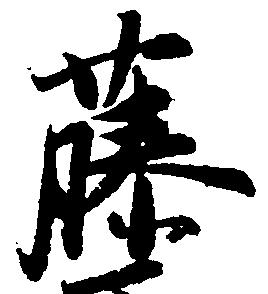
藤